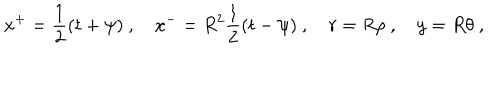
x ^ { + } = \frac 1 2 ( t + \psi ) ~ , \quad x ^ { - } = R ^ { 2 } \frac 1 2 ( t - \psi ) ~ , \quad r = R \rho ~ , \quad y = R \theta ~ ,